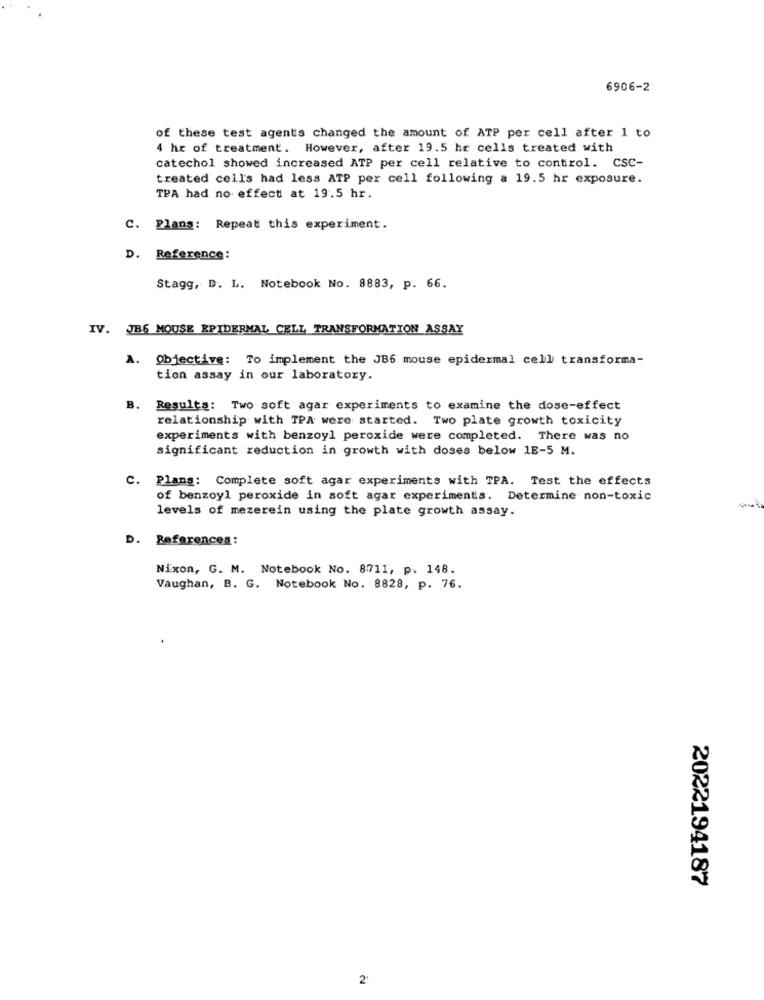
6906-2
of these test agents changed the amount of ATP per cell after 1 to
4 hr of treatment. However, after 19.5 hr cells treated with
catechol showed increased ATP per cell relative to control. CSC-
treated cell's had less ATP per cell following a 19.5 hr exposure.
TPA had no effect at 19.5 hr.
C. Plans: Repeat this experiment.
D. Reference:
Stagg, D. L. Notebook No. 8883, p. 66.
IV. JB6 MOUSE EPIDERMAL CELL TRANSFORMATION ASSAY
A. Objective: To implement the JB6 mouse epidermal cell transforma-
tion assay in our laboratory.
B. Results: Two soft agar experiments to examine the dose-effect
relationship with TPA were started. Two plate growth toxicity
experiments with benzoyl peroxide were completed. There was no
significant reduction in growth with doses below 1E-5 M.
C. Plans: Complete soft agar experiments with TPA. Test the effects
of benzoyl peroxide in soft agar experimentis. Determine non-toxic
levels of mezerein using the plate growth assay.
D. References:
Nixon, G. M. Notebook No. 8711, p. 148.
Vaughan, B. G. Notebook No. 8828, p. 76.
2022194187
2'